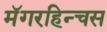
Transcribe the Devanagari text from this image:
मॅगरहिन्चस